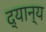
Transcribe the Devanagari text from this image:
द्यान्य